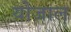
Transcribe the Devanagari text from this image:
योजाल